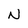
Character: N